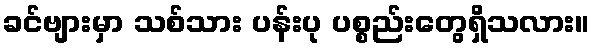
ခင်ဗျားမှာ သစ်သား ပန်းပု ပစ္စည်းတွေရှိသလား။